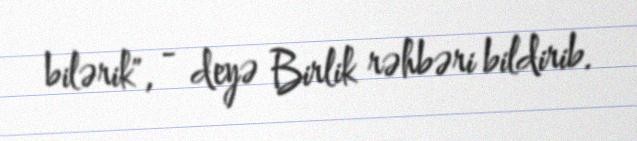
bilərik", - deyə Birlik rəhbəri bildirib.